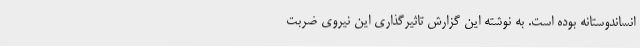
انساندوستانه بوده است. به نوشته این گزارش تاثیرگذاری این نیروی ضربت